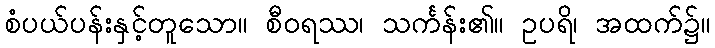
စံပယ်ပန်းနှင့်တူသော။ စီဝရဿ၊ သင်္ကန်း၏။ ဥပရိ၊ အထက်၌။